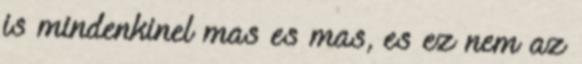
is mindenkinel mas es mas, es ez nem az